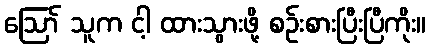
ဪ သူက ငါ့ ထားသွားဖို့ စဉ်းစားပြီးပြီကိုး။